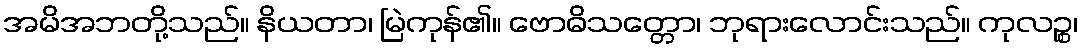
အမိအဘတို့သည်။ နိယတာ၊ မြဲကုန်၏။ ဗောဓိသတ္တော၊ ဘုရားလောင်းသည်။ ကုလဉ္စ၊